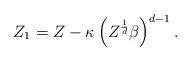
LaTeX: \begin{align*} Z_1 = Z - \kappa \left(Z^{\frac{1}{d}} \beta \right)^{d-1}. \end{align*}